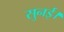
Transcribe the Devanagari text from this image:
सुनई।